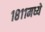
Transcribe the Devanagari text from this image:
१८११मध्ये